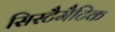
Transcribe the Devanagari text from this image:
सिस्टैमैटिक